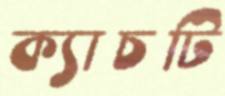
ক্যাচটি